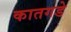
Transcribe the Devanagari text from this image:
कातगडे